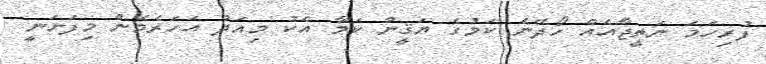
ފުރިހަމަ ނަތީޖާއެއް ހޯދޭނެ ކަމުގެ ޔަޤީން ކަމާ އެކު މިއަދު އަހަރެމެން މިފަށަނީ